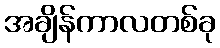
အချိန်ကာလတစ်ခု